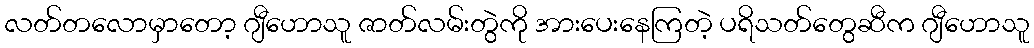
လတ်တလောမှာတော့ ဂျီဟောသူ ဇာတ်လမ်းတွဲကို အားပေးနေကြတဲ့ ပရိသတ်တွေဆီက ဂျီဟောသူ